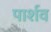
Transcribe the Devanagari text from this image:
पार्शव